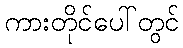
ကားတိုင်ပေါ်တွင်